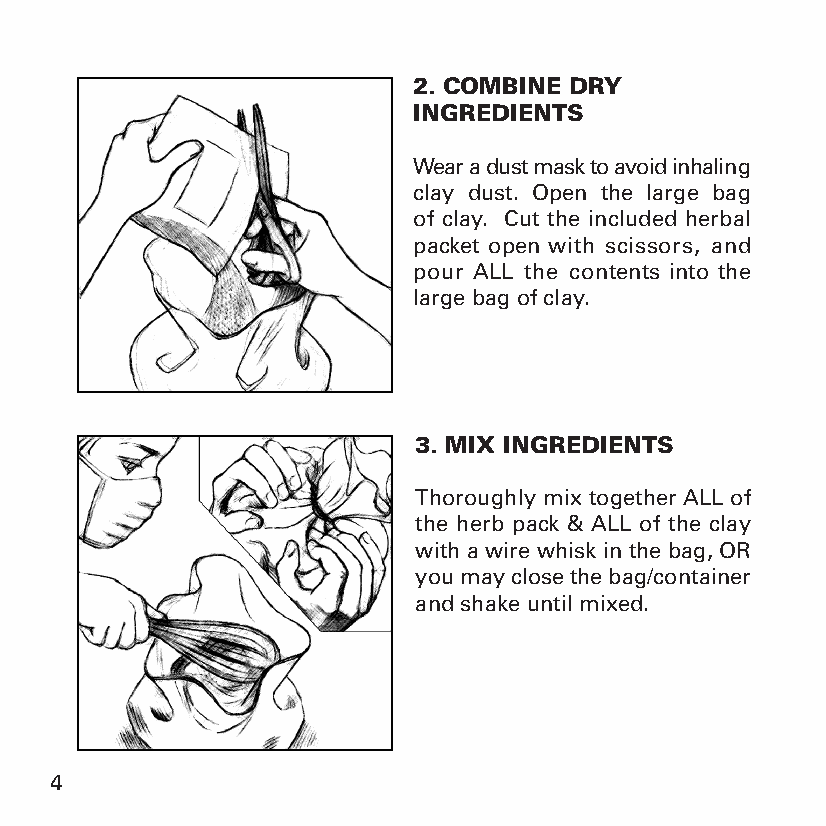
2. COMBINE DRY
 INGREDIENTS
 Wear a dust mask to avoid inhaling
 clay dust. Open the large bag
 of clay. Cut the included herbal
 packet open with scissors, and
 pour ALL the contents into the
 large bag of clay.
 3. MIX INGREDIENTS
 Thoroughly mix together ALL of
 the herb pack & ALL of the clay
 with a wire whisk in the bag, OR
 you may close the bag/container
 and shake until mixed.
 4